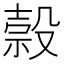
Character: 𬆭